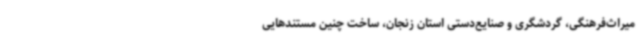
میراث‌فرهنگی، گردشگری و صنایع‌دستی استان زنجان، ساخت چنین مستندهایی